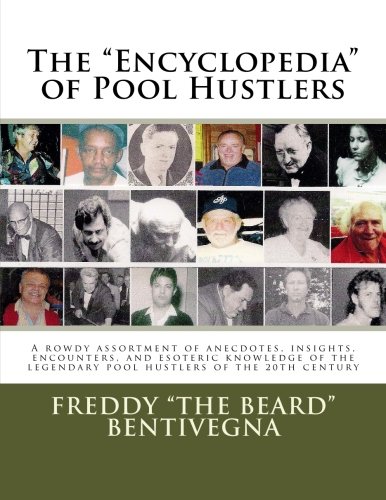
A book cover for The "Encyclopedia" of Pool Hustlers: A rowdy assortment of anecdotes, insights, encounters, and esoteric knowledge of the legendary pool hustlers of the 20th century; mr Freddy The Beard Bentivegna; Sports & Outdoors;